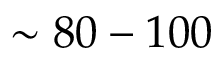
\sim 8 0 - 1 0 0